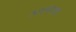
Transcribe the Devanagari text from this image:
अत्तसरणा